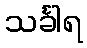
သင်္ခါရ